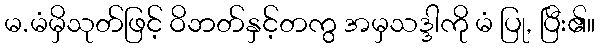
မ.မံမှိသုတ်ဖြင့် ဝိဘတ်နှင့်တကွ အမှသဒ္ဒါကို မံ ပြု, ပြီး၏။